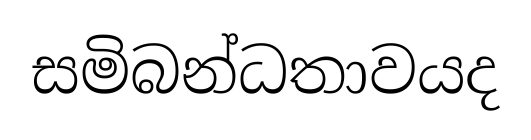
සමිබන්ධතාවයද